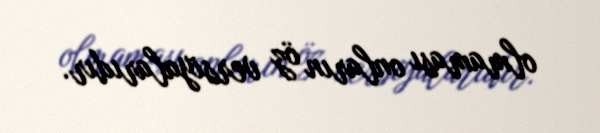
olmaması onların öz versiyalarıdır.